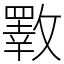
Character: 斁